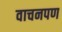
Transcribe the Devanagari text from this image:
वाचनपण